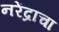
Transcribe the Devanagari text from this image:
नरेंद्राचा